Vaccine operations Central Provinces 1868-1885 - 1868-1885
Year: 1868
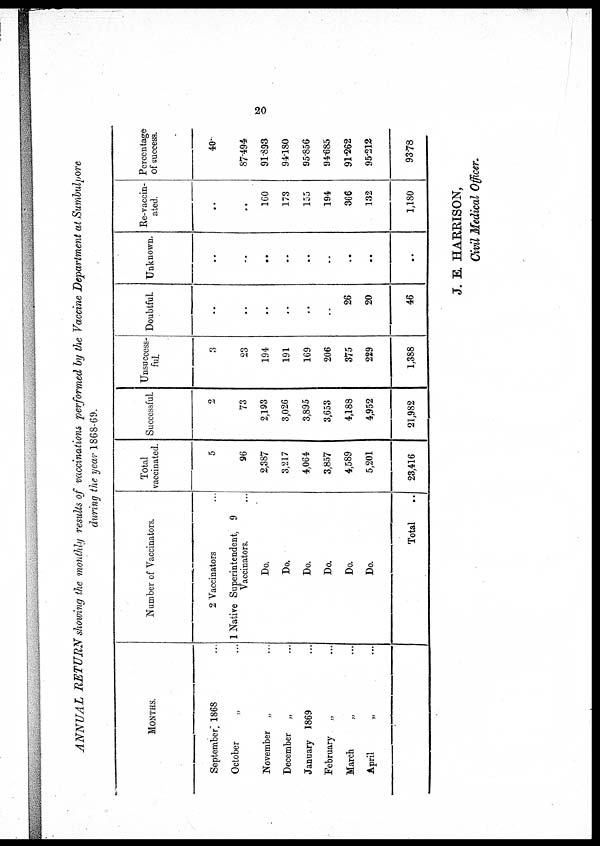
20
ANNUAL RETURN showing the monthly results of vaccinations performed by the Vaccine Department at Sumbulpore
during the year 1868-69.
MONTHS.
September 1868
October „ ...
November „ ...
December „ ...
January 1869 ...
February „ ...
March „ ...
April „ ...
Number of Vaccinators.
2 Vaccinators
1 Native Superintendent, 9
Vaccinators. ...
Do. ...
Do. ...
Do. ...
Do. ...
Do. ...
Do. ...
Total
Total
vaccinated.
5
96
2,387
3,217
4,064
3,857
4,589
5,201
23,416
Successful.
2
73
2,193
3,026
3,895
3,653
4,188
4,952
21,982
Unsuccess-
ful.
3
23
194
191
169
206
375
229
1,388
Doubtful.
..
..
..
..
..
..
26
20
46
Unknown.
..
..
..
..
..
..
..
..
..
Re-vaccin-
ated.
..
..
160
173
155
194
366
132
1,180
Percentage
of success.
40
87.494
91.893
94.180
95.856
94.685
91.262
95.212
93.78
J. E. HARRISON,
Civil Medical Officer.